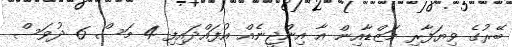
ބޭރުގެ ވިޔަފާރި މަޒްޑާއިން އާ އިންޖީނެއް އުފައްދައިފި 4 މަސް 6 ދުވަސް